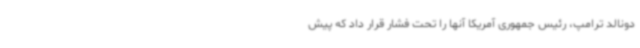
دونالد ترامپ، رئیس جمهوری آمریکا آنها را تحت فشار قرار داد که پیش